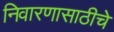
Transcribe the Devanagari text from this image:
निवारणासाठीचे